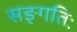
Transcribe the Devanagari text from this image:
सङ्गतिः